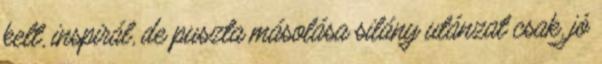
kelt, inspirál, de puszta másolása silány utánzat csak, jó